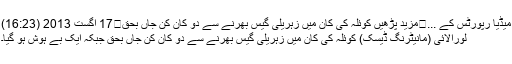
میڈیا رپورٹس کے ...	مزید پڑھیں کوئلہ کی کان میں زہریلی گیس بھرنے سے دو کان کن جاں بحق	17 اگست 2013 (16:23)
لورالائی (مانیٹرنگ ڈیسک) کوئلہ کی کان میں زہریلی گیس بھرنے سے دو کان کن جاں بحق جبکہ ایک بے ہوش ہو گیا۔